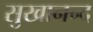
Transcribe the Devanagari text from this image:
सुखानन्द